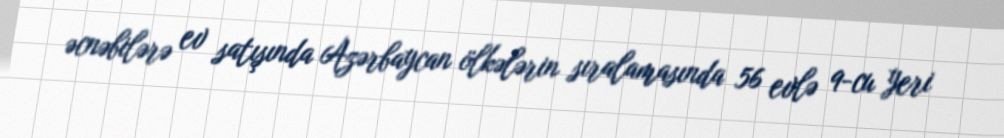
əcnəbilərə ev satışında Azərbaycan ölkələrin sıralamasında 56 evlə 9-cu yeri